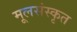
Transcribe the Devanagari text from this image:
मूलसंस्कृत